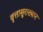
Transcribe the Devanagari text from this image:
वृत्तासुराख्यान